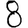
Digit: 8